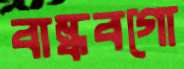
বান্ধবগো